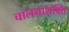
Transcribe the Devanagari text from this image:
चालनाशक्ति